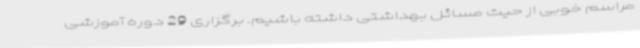
مراسم خوبی از حیث مسائل بهداشتی داشته باشیم. برگزاری 29 دوره آموزشی